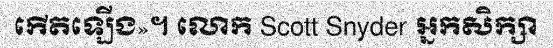
កើតឡើង»។ លោក Scott Snyder អ្នកសិក្សា